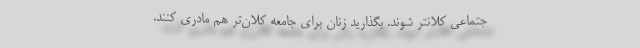
جتماعی کلانتر شوند. بگذارید زنان برای جامعه کلان‌تر هم مادری کنند.